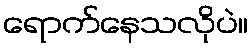
ရောက်နေသလိုပဲ။